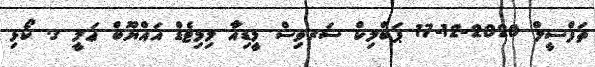
ތަފްސީލް 2020-12-17 ޕަބްލިކް ސަރވިސް މީޑިއާ ލިމިޓެޑް އައްޔޫބް ޢަލީ ގ. ކޯޅި